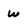
Character: w